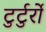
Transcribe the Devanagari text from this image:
टुर्टुर्रो